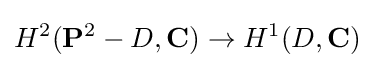
H^{2}(\mathbf {P} ^{2}-D,\mathbf {C} )\to H^{1}(D,\mathbf {C} )